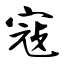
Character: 寇